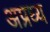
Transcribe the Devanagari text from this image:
अप्रध्य